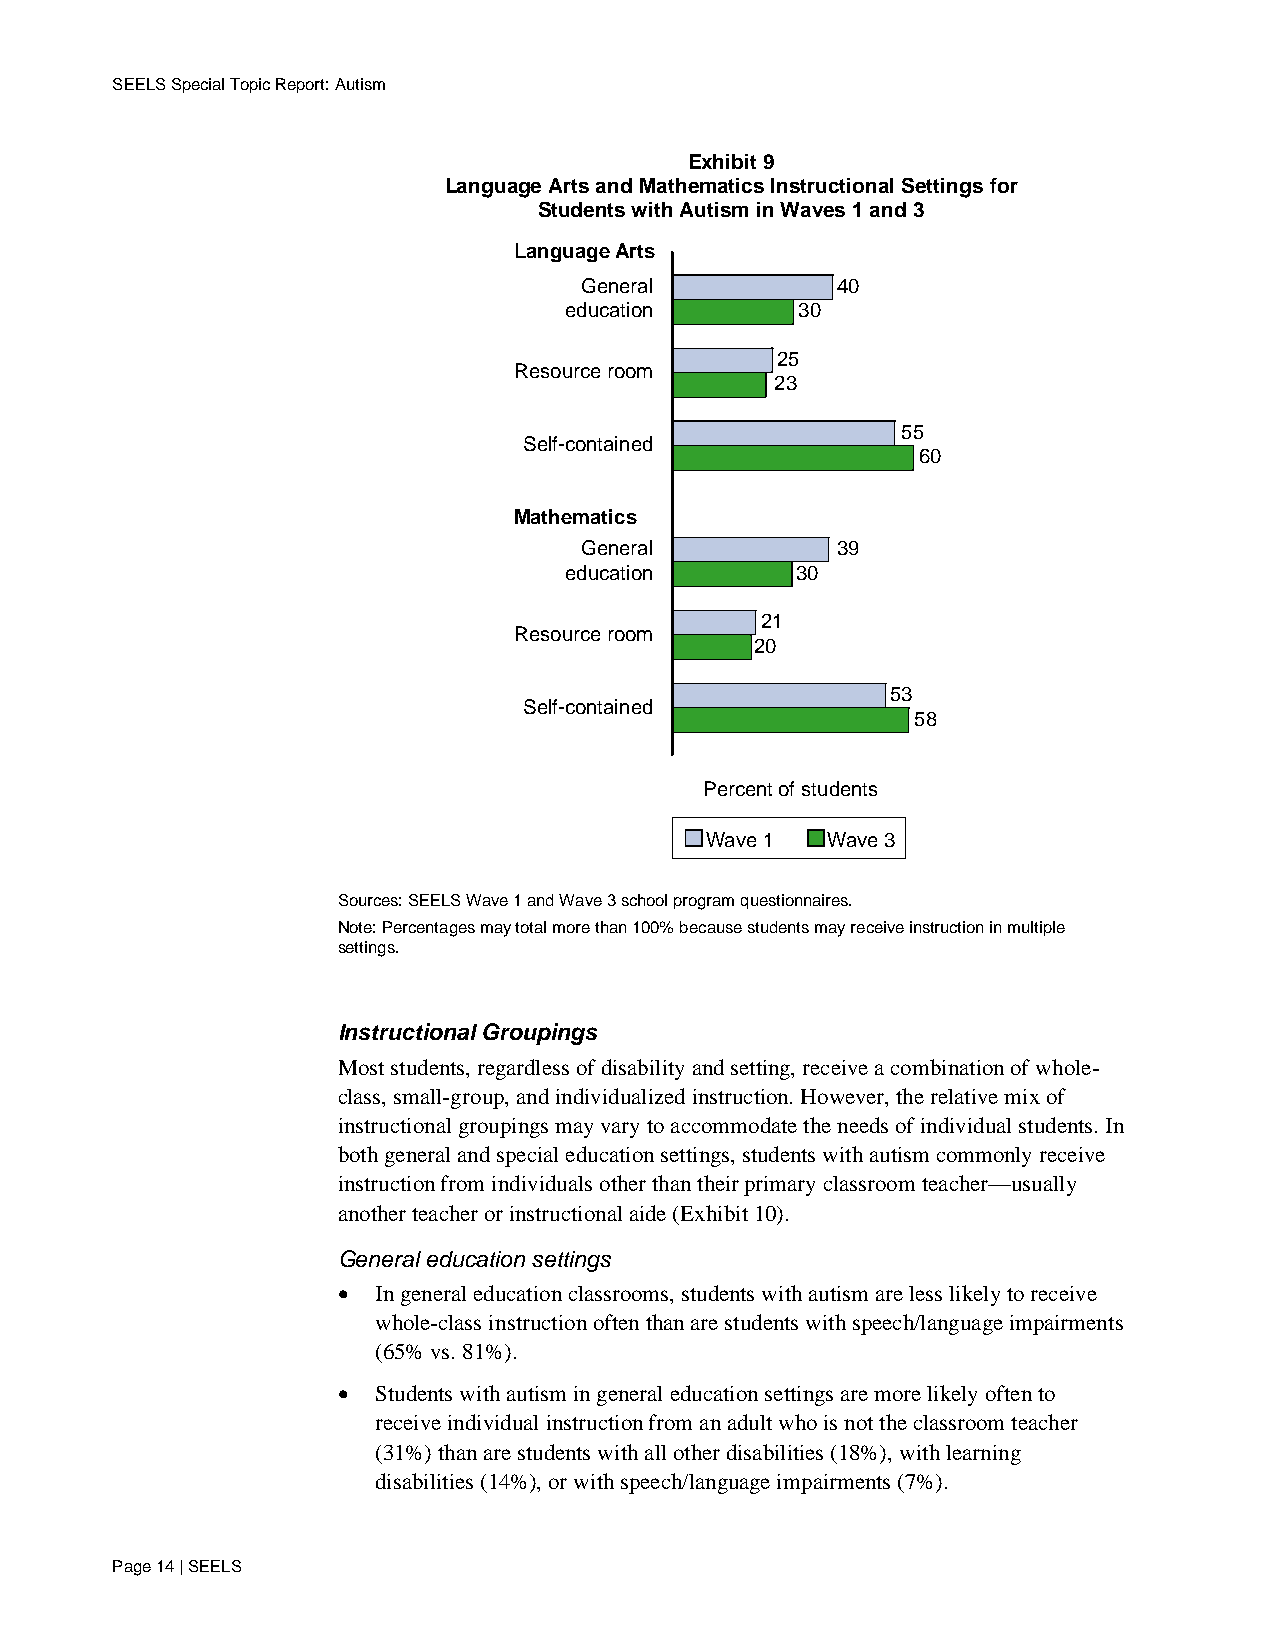
SEELS Special Topic Report: Autism
 Exhibit 9
 Language Arts and Mathematics Instructional Settings for
 Students with Autism in Waves 1 and 3
 LanguageArts
 General          40
 education       30
 25
 Resource room
 23
 55
 Self-contained
 60
 Mathematics
 General          39
 education       30
 21
 Resource room
 20
 53
 Self-contained
 58
 Percent of students
 Wave 1  Wave 3
 Sources: SEELS Wave 1 and Wave 3 school program questionnaires.
 Note: Percentages may total more than 100% because students may receive instruction in multiple
 settings.
 Instructional Groupings
 Most students, regardless of disability and setting, receive a combination of whole-
 class, small-group, and individualized instruction. However, the relative mix of
 instructional groupings may vary to accommodate the needs of individual students. In
 both general and special education settings, students with autism commonly receive
 instruction from individuals other than their primary classroom teacher—usually
 another teacher or instructional aide (Exhibit 10).
 General education settings
 •  In general education classrooms, students with autism are less likely to receive
 whole-class instruction often than are students with speech/language impairments
 (65% vs. 81%).
 •  Students with autism in general education settings are more likely often to
 receive individual instruction from an adult who is not the classroom teacher
 (31%) than are students with all other disabilities (18%), with learning
 disabilities (14%), or with speech/language impairments (7%).
 Page 14 | SEELS